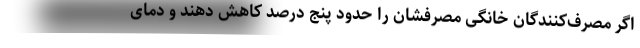
اگر مصرف‌کنندگان خانگی مصرفشان را حدود پنج درصد کاهش دهند و دمای